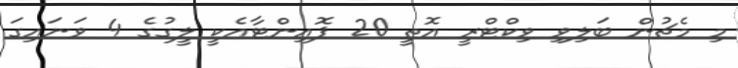
މި މެޗުން ބަލިވި ވިކްޓްރީ އޮތީ 20 ޕޮއިންޓާއެކީ ލީގުގެ 4 ވަނައިގަ